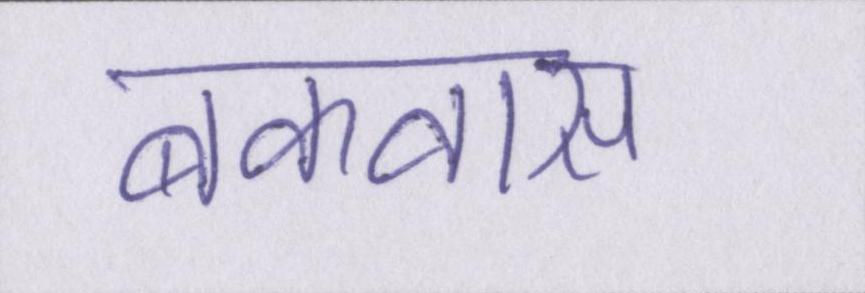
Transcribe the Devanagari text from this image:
बकवास